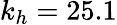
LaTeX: k_{h}=25.1